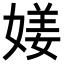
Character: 𡟜